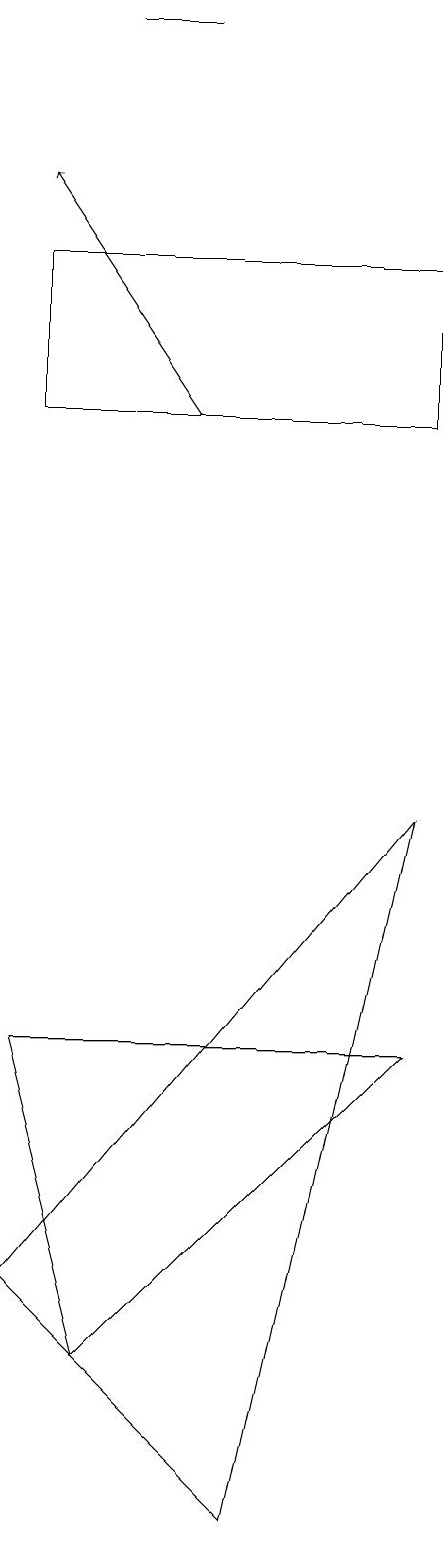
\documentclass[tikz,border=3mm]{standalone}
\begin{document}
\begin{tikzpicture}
\draw (4,3) -- (9,9) -- (7,0) -- cycle;
\draw (4,14) rectangle (9,16);
\draw[->] (6,14) -- (4,17);
\draw (5,19) rectangle (6,19);
\draw (5,2) -- (4,6) -- (9,6) -- cycle;
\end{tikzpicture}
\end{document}